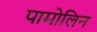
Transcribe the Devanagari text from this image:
पामोलिन